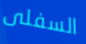
السفلى